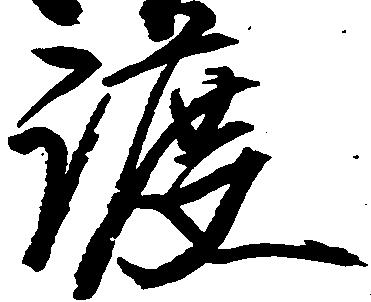
渡